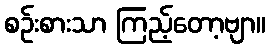
စဉ်းစားသာ ကြည့်တော့ဗျာ။